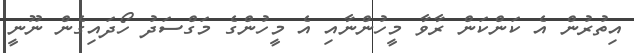
އިތުރުން އެ ކަންކަން ރާވާ މީހުންނާއި އެ މީހުންގެ މަގްސަދު ހޯދައިގެން ނޫނީ